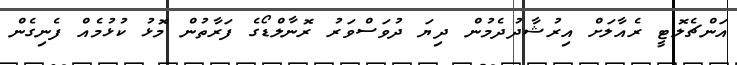
އަންޗެލޮޓީ ރެއާލަށް އިރުޝާދުދެމުން ދިޔަ ދުވަސްވަރު ރޮނާލްޑޯގެ ފަރާތުން މޮޅު ކުޅުމެއް ފެނިގެން